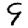
Digit: 9